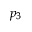
p _ { 3 }